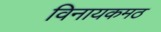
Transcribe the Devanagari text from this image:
विनायकमठ